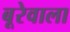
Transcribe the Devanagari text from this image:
बूरेवाला